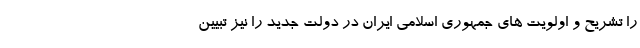
را تشریح و اولویت های جمهوری اسلامی ایران در دولت جدید را نیز تبیین